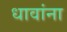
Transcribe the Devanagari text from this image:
धावांना